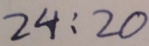
2 4 : 2 0